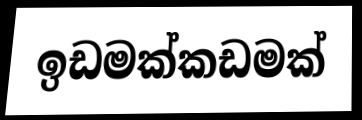
ඉඩමක්කඩමක්